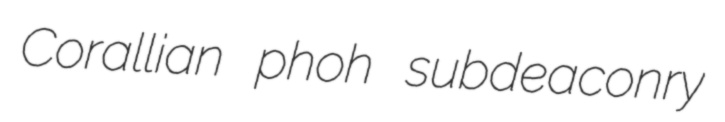
Corallian phoh subdeaconry